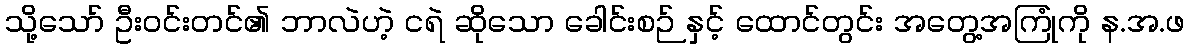
သို့သော် ဦးဝင်းတင်၏ ဘာလဲဟဲ့ ငရဲ ဆိုသော ခေါင်းစဉ် နှင့် ထောင်တွင်း အတွေ့အကြုံကို န.အ.ဖ